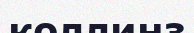
коллинз